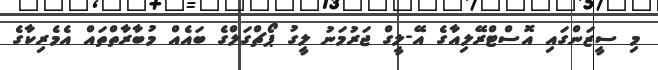
މި ސީޒަންގައި އޮސްޓްރޭލިއާގެ އޭ-ލީގް ޖަރުމަނު ލީގު ޕޯޗްގަލްގެ ބައެއް މުބާރާތްތައް އެމެރިކާގެ